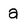
Character: a